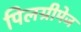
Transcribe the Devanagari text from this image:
पिलग्रीमेज